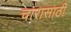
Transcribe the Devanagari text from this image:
चारासाठी